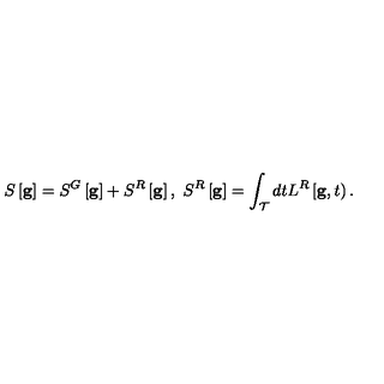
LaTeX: { } S \left[ { \bf g } \right] = S ^ { G } \left[ { \bf g } \right] + S ^ { R } \left[ { \bf g } \right] , \ S ^ { R } \left[ { \bf g } \right] = \int _ { \cal T } d t L ^ { R } \left[ { \bf g } , t \right) .